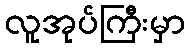
လူအုပ်ကြီးမှာ